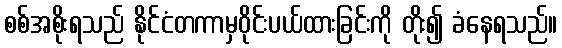
စစ်အစိုးရသည် နိုင်ငံတကာမှဝိုင်းပယ်ထားခြင်းကို တိုး၍ ခံနေရသည်။